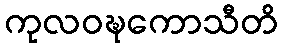
ကုလဝဍ္ဎကောသီတိ